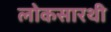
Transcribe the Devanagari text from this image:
लोकसारथी